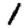
Digit: 1